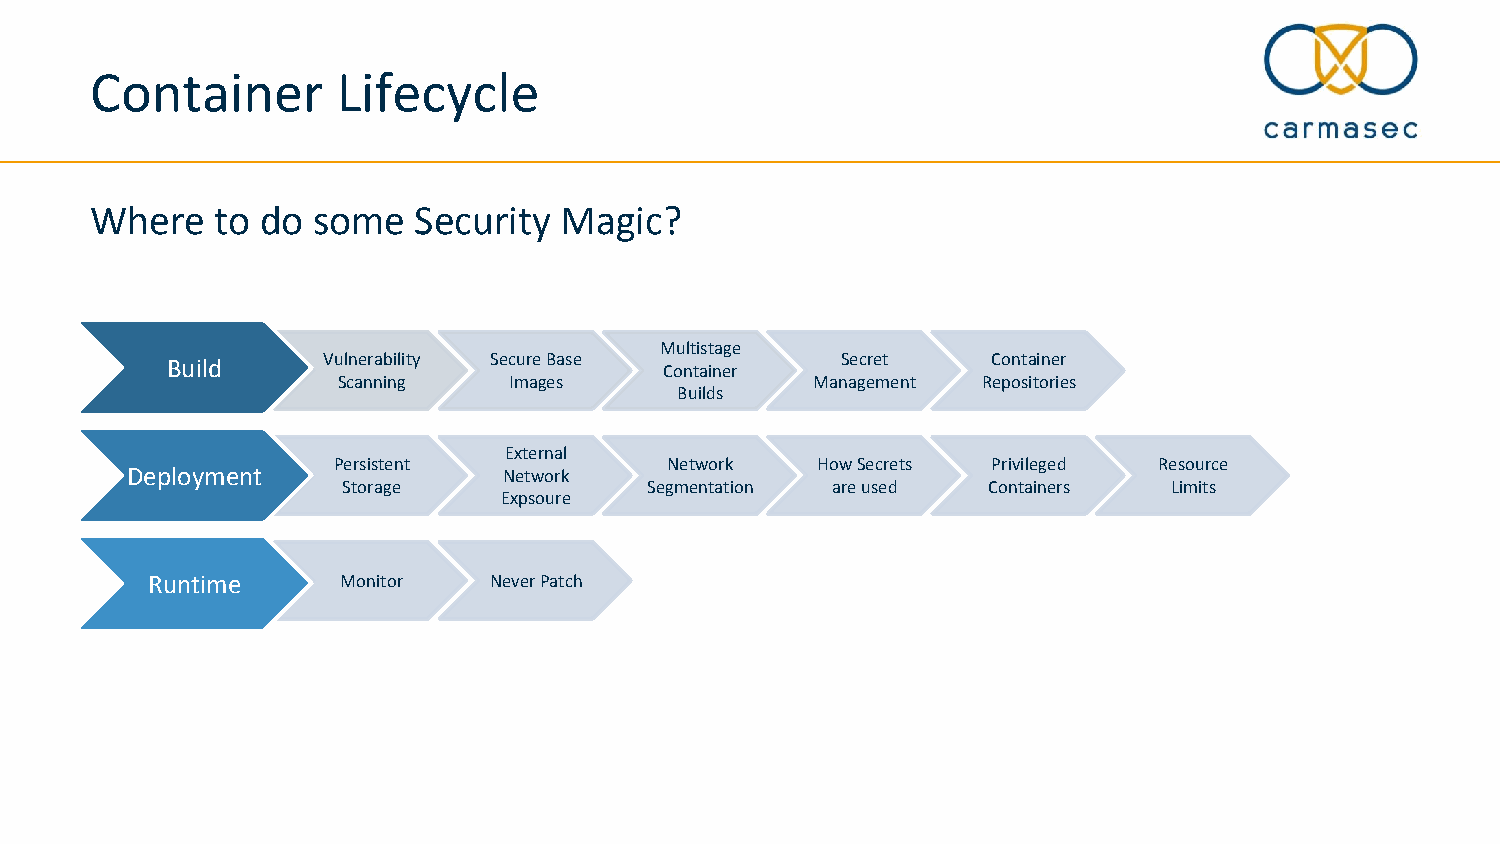
Container       Lifecycle
 Where   to do  some  Security  Magic?
 Multistage
 BBuuiilldd Vulnerability Secure Base
 Container
 Secret    Container
 Scanning    Images              Management Repositories
 Builds
 External
 Persistent            Network   How Secrets Privileged Resource
 DDeeppllooyymmeenntt     Network
 Storage             Segmentation are used Containers   Limits
 Expsoure
 RRuunnttiimmee Monitor Never Patch